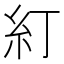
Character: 糽